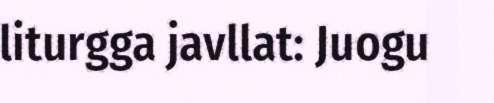
liturgga javllat: Juogu